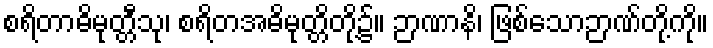
စရိတာဓိမုတ္တီသု၊ စရိတအဓိမုတ္တိတို့၌။ ဉာဏာနိ၊ ဖြစ်သောဉာဏ်တို့ကို။